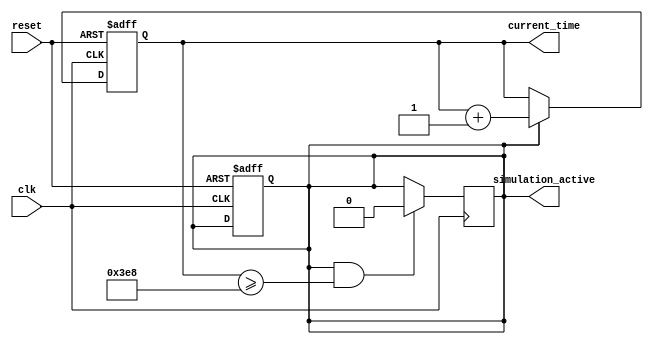
module SimulationTimeInitialization #(
    parameter START_TIME = 0,           // Default start time (in appropriate units)
    parameter TIME_RESOLUTION = 1        // Default time resolution (in appropriate units)
)(
    input wire clk,                      // Clock signal
    input wire reset,                    // Reset signal
    output reg [31:0] current_time,      // Current simulation time
    output reg simulation_active          // Simulation active flag
);

    reg [31:0] time_counter;              // Internal time counter

    // Initialization process
    always @(posedge clk or posedge reset) begin
        if (reset) begin
            current_time <= START_TIME;   // Set current time to start time
            time_counter <= 0;             // Initialize time counter to zero
            simulation_active <= 1;        // Set simulation active flag to true
        end else if (simulation_active) begin
            // Update the current time based on the time resolution
            current_time <= current_time + TIME_RESOLUTION;
            time_counter <= time_counter + 1; // Increment time counter
        end
    end

    // Optional: Termination conditions can be added here
    // For example, if a certain time is reached, deactivate the simulation
    always @(posedge clk) begin
        if (simulation_active && (current_time >= 1000)) begin // Example condition
            simulation_active <= 0; // Deactivate simulation after 1000 time units
        end
    end

endmodule